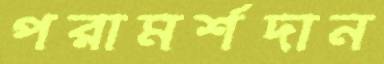
পরামর্শদান